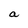
Character: a